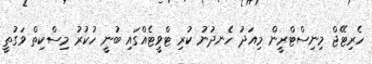
ހެރިޓޭޖް މިނިސްޓްރީން މިއަދު ހެނދުނު ކުރި ޓްވީޓެއްގައި ބުނީ ހުކުރު މިސްކިތް ވަގުތީ